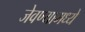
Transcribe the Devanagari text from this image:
जेवण्यामध्ये